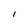
Character: I